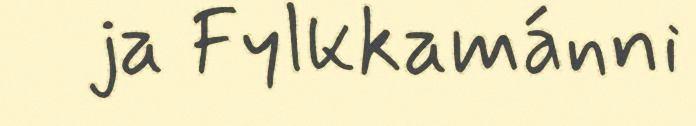
ja Fylkkamánni